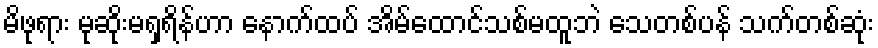
မိဖုရား မုဆိုးမရှရိန်ဟာ နောက်ထပ် အိမ်ထောင်သစ်မထူဘဲ သေတစ်ပန် သက်တစ်ဆုံး